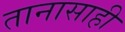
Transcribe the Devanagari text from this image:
तानासाही